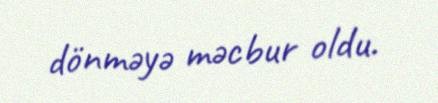
dönməyə məcbur oldu.